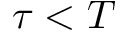
\tau < T